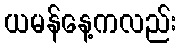
ယမန်နေ့ကလည်း